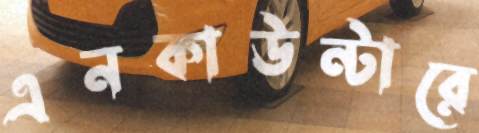
এনকাউন্টারে